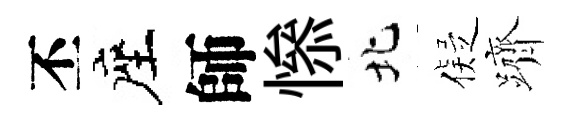
丕座師𢡖北儗躋